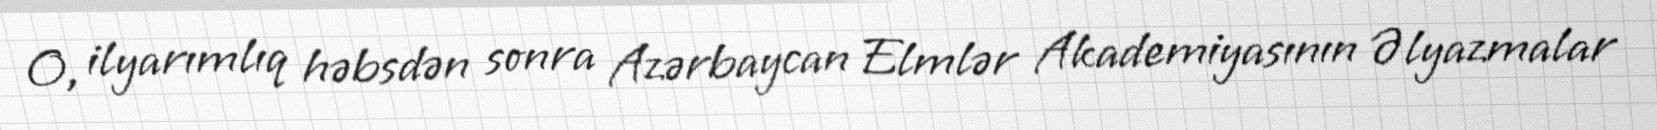
O, ilyarımlıq həbsdən sonra Azərbaycan Elmlər Akademiyasının Əlyazmalar